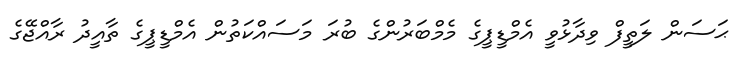
ޙަސަން ލަތީފް ވިދާޅުވީ އެމްޑީޕީގެ މެމްބަރުންގެ ބުރަ މަސައްކަތުން އެމްޑީޕީގެ ތާއީދު ރާއްޖޭގެ